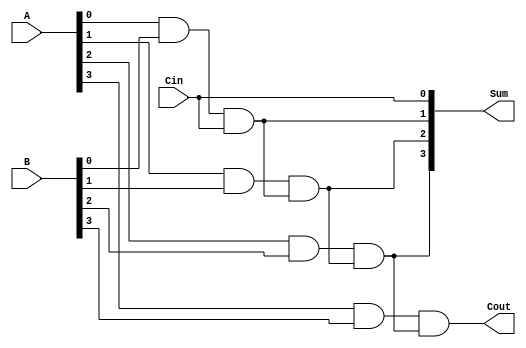
module manchester_carry_chain_adder(
    input [3:0] A,
    input [3:0] B,
    input Cin,
    output [3:0] Sum,
    output Cout
);

wire [4:0] c;

assign c[0] = Cin;

and g0 (c[1], A[0], B[0], c[0]);
and g1 (c[2], A[1], B[1], c[1]);
and g2 (c[3], A[2], B[2], c[2]);
and g3 (c[4], A[3], B[3], c[3]);

assign Cout = c[4];
assign Sum = {c[3], c[2], c[1], c[0]};

endmodule